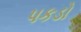
પકડો